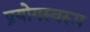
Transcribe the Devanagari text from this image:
प्रयोगस्वरूप